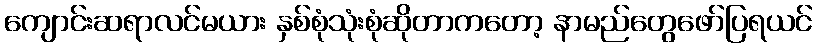
ကျောင်းဆရာလင်မယား နှစ်စုံသုံးစုံဆိုတာကတော့ နာမည်တွေဖော်ပြရယင်